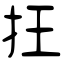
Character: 抂